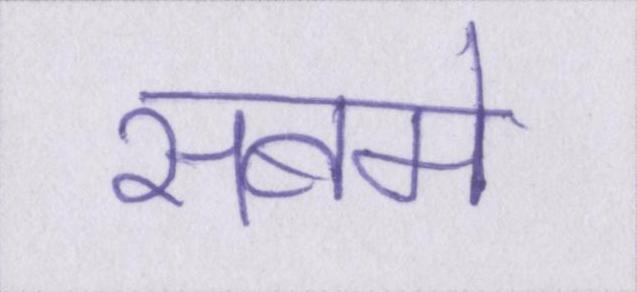
सबमे